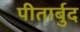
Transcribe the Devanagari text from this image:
पीतार्बुद